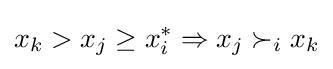
x_{k}>x_{j}\geq x_{i}^{*}\Rightarrow x_{j}\succ _{i}x_{k}